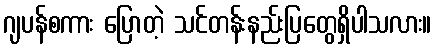
ဂျပန်စကား ပြောတဲ့ သင်တန်းနည်းပြတွေရှိပါသလား။